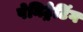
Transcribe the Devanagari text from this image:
पेनिट्रेटिंग